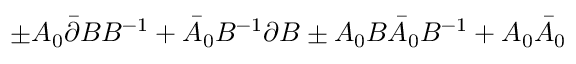
\pm A _ { 0 } \bar { \partial } B B ^ { - 1 } + \bar { A } _ { 0 } B ^ { - 1 } \partial B \pm A _ { 0 } B \bar { A } _ { 0 } B ^ { - 1 } + A _ { 0 } \bar { A } _ { 0 }